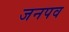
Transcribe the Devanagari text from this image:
जनपव